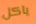
ياكل